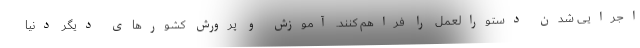
اجرایی شدن دستورالعمل را فراهم کنند. آموزش و پرورش کشورهای دیگر دنیا